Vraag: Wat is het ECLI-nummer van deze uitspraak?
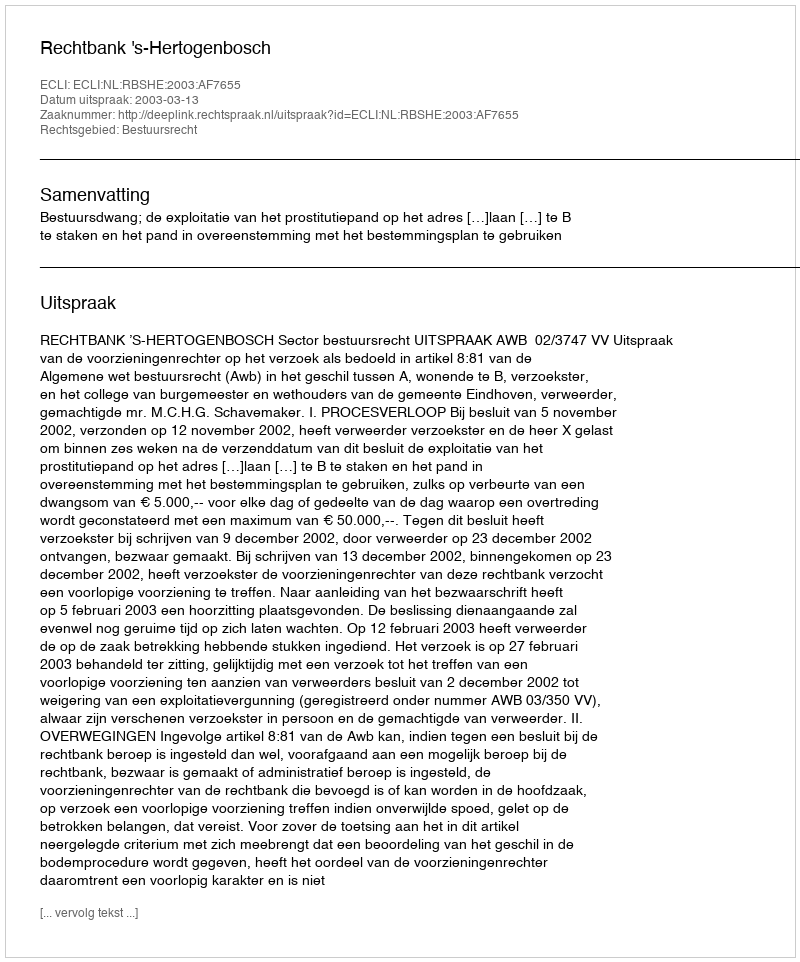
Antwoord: ECLI:NL:RBSHE:2003:AF7655